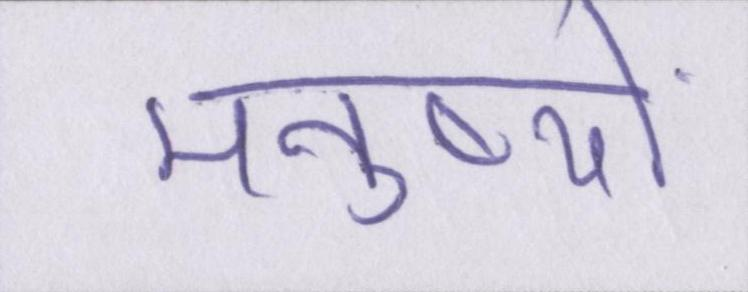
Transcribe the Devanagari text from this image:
मनुष्यों